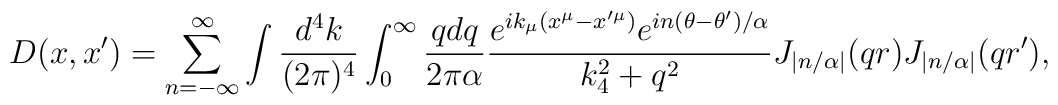
D(x,x')=\sum_{n=-\infty}^{\infty}\int {d^4 k\over (2\pi)^4}\int_0^\infty {q dq\over 2\pi\alpha} {e^{ik_\mu (x^\mu-x'^\mu)} e^{in(\theta-\theta')/\alpha}\over k_4^2 + q^2} J_{\left|n/ \alpha\right|}(q r) J_{\left|n/ \alpha \right|}(q r'),